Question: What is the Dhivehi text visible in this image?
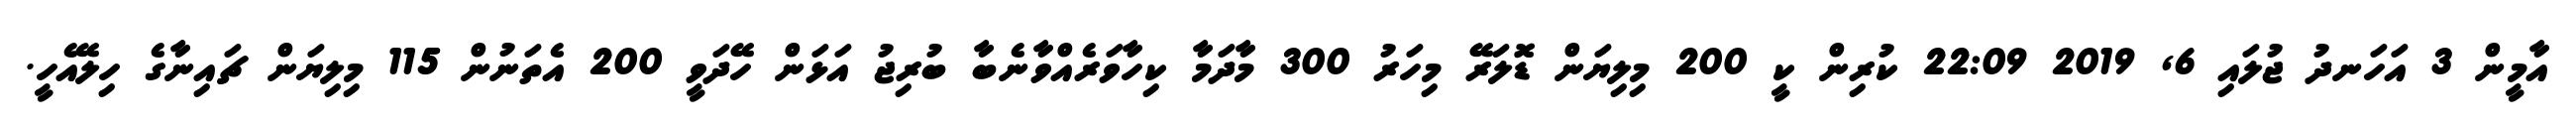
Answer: އާމީން 3 އަހަނދު ޖުލައި 6, 2019 22:09 ކުރިން ކީ 200 މިލިޔަން ޑޮލަރޭ މިހަރު 300 މާދަމާ ކިހާވަރެއްވާނެބާ ބުރިޖު އަޅަން ހޭދަވީ 200 އެތަނުން 115 މިލިޔަން ޗައިނާގެ ހިލޭއެހީ.